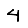
Digit: 4